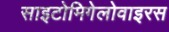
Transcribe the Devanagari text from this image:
साइटोमिगेलोवाइरस